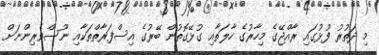
މި ދަތުރު ފުޅުގައި ރާއްޖޭގެ މިހާރުގެ ހާލަތާއި ގުޅޭގޮތުން ބޭރުގެ އިސްފަރާތްތަކާއި ނޫސްވެރިންނަށް